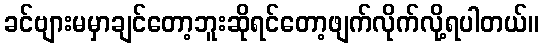
ခင်ဗျားမမှာချင်တော့ဘူးဆိုရင်တော့ဖျက်လိုက်လို့ရပါတယ်။